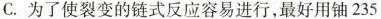
C.为了使裂变的链式反应容易进行，最好用铀235